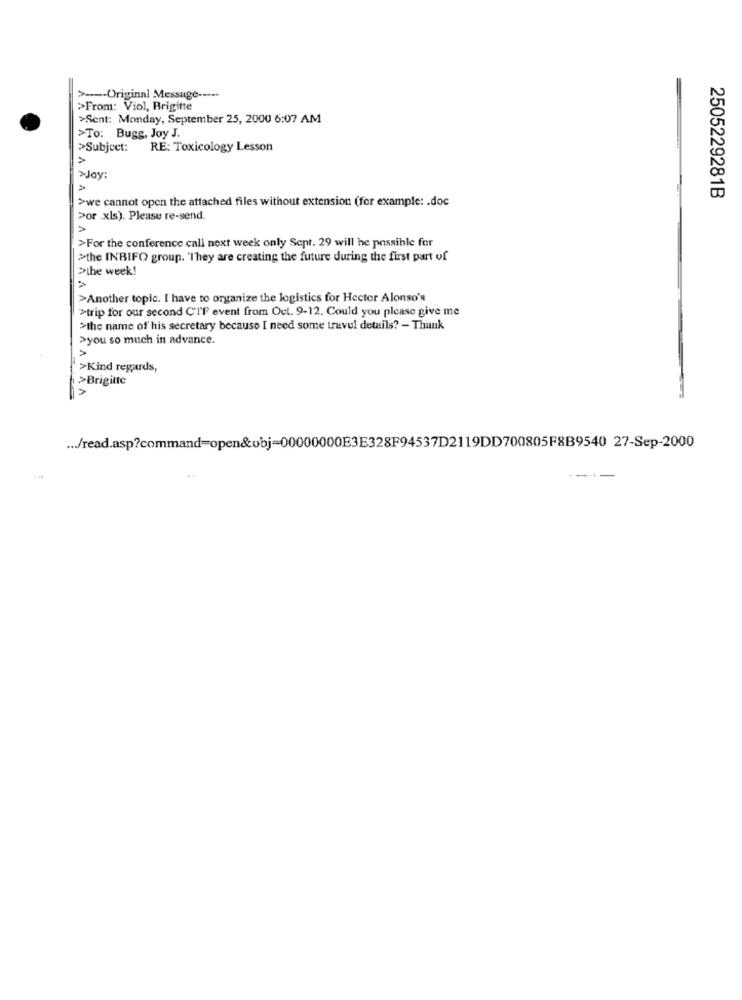
> ---- Original Message -----
>From: Viol, Brigitte
>Sent: Monday, September 25, 2000 6:07 AM
>To: Bugg, Joy J.
>Subject: RE: Toxicology Lesson
>Joy:
>we cannot open the attached files without extension (for example: . doc
2505229281B
>or .xls). Please re-send.
>For the conference call next week only Sept. 29 will he possible for
>the INBIFO group. "They are creating the future during the first part of
>the week!
>Another topic. I have to organize the logistics for Hector Alonso's
>trip for our second C'IF event from Oct. 9-12. Could you please give me
>the name of his secretary because I need some travel details? - Thank
VVVV
>you so much in advance.
>Kind regards,
>Brigitte
... /read.asp?command=open&obj-00000000E3E328F94537D2119DD700805F8B9540 27-Sep-2000
----